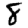
Digit: 8